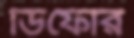
ডিফোর